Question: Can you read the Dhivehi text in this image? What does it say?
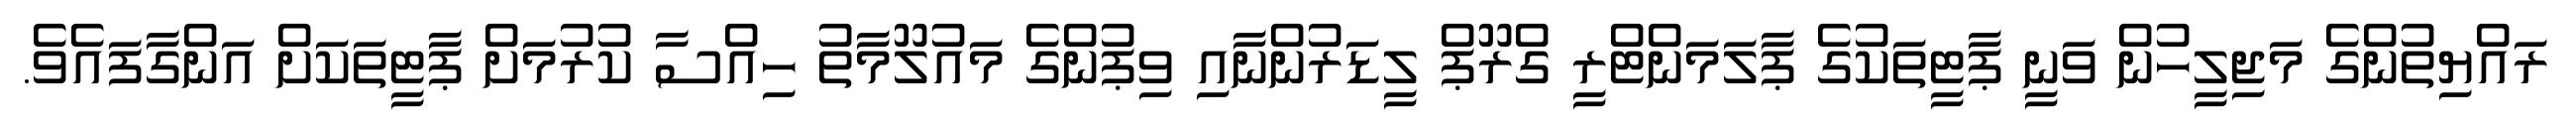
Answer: ރައްޔިތުންގެ މަޖިލީހުން ވަނީ ޕާޓީތަކުގެ ޕާލަމަންޓްރީ ގްރޫޕް ލީޑަރުންނާއި ވިޕުންގެ މައުލޫމާތު ހިއްސާ ކުރުމަށް ޕާޓީތަކަށް އަންގާފައެވެ.